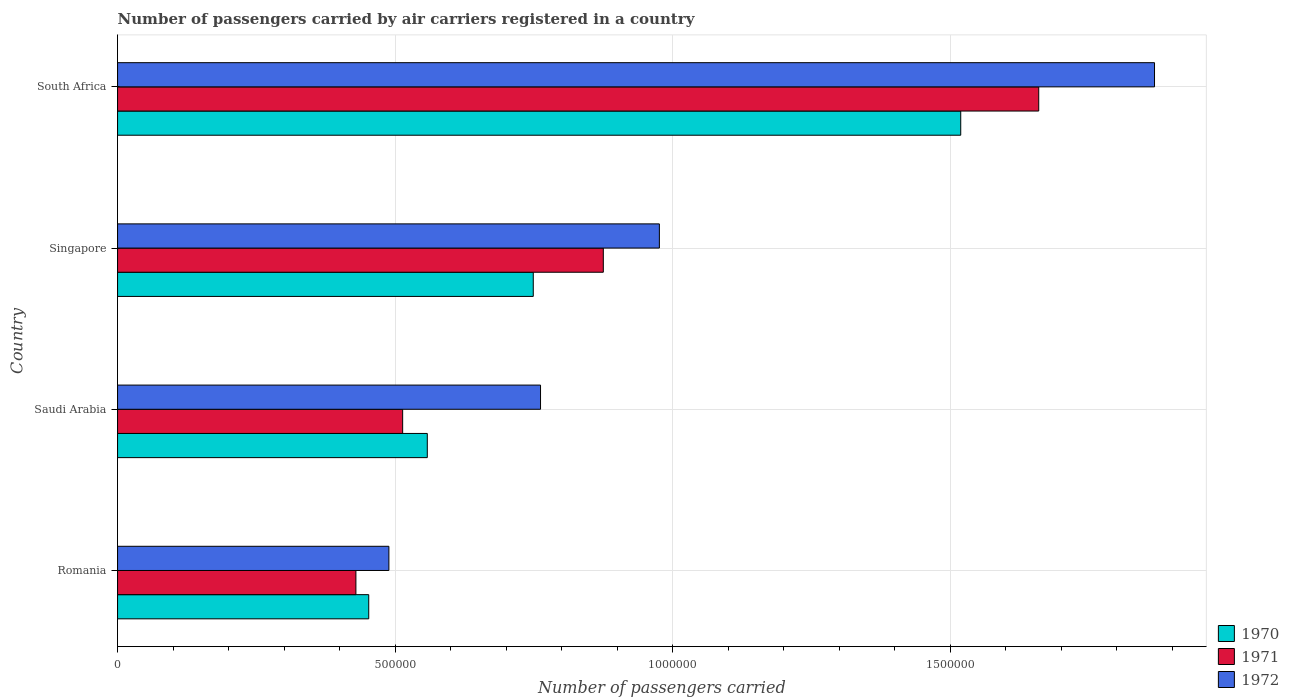
| Country | 1970 | 1971 | 1972 |
 | --- | --- | --- | --- |
 | Romania | 4.52e+05 | 4.29e+05 | 4.89e+05 |
 | Saudi Arabia | 5.58e+05 | 5.14e+05 | 7.62e+05 |
 | Singapore | 7.49e+05 | 8.75e+05 | 9.76e+05 |
 | South Africa | 1.52e+06 | 1.66e+06 | 1.87e+06 |